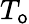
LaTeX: T_{\mathsf{o}}